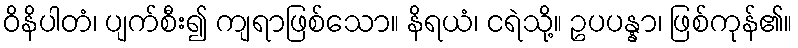
ဝိနိပါတံ၊ ပျက်စီး၍ ကျရာဖြစ်သော။ နိရယံ၊ ငရဲသို့။ ဥပပန္နာ၊ ဖြစ်ကုန်၏။